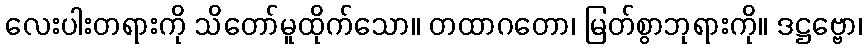
လေးပါးတရားကို သိတော်မူထိုက်သော။ တထာဂတော၊ မြတ်စွာဘုရားကို။ ဒဋ္ဌဗ္ဗော၊